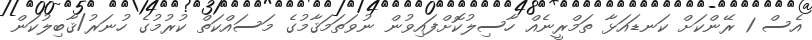
އެސް 1 ރޭންކަށް ކަނޑައަޅާ ތަމްރީނެއް ހާސިލުކޮށްފައިވުން ނުވަތަމަޤާމުގެ މަސައްކަތް ކުރުމުގެ ހުނަރު/ޤާބިލުކަން